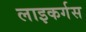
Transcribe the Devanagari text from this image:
लाइकर्गस